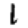
Digit: 1